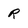
Character: R